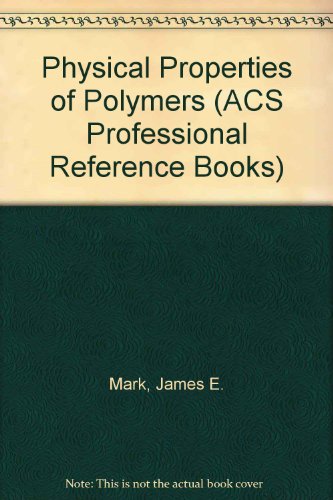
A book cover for Physical Properties of Polymers (ACS Professional Reference Book); James E. Mark; Science & Math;